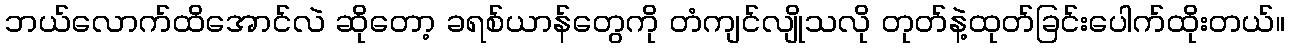
ဘယ်လောက်ထိအောင်လဲ ဆိုတော့ ခရစ်ယာန်တွေကို တံကျင်လျိုသလို တုတ်နဲ့ထုတ်ခြင်းပေါက်ထိုးတယ်။